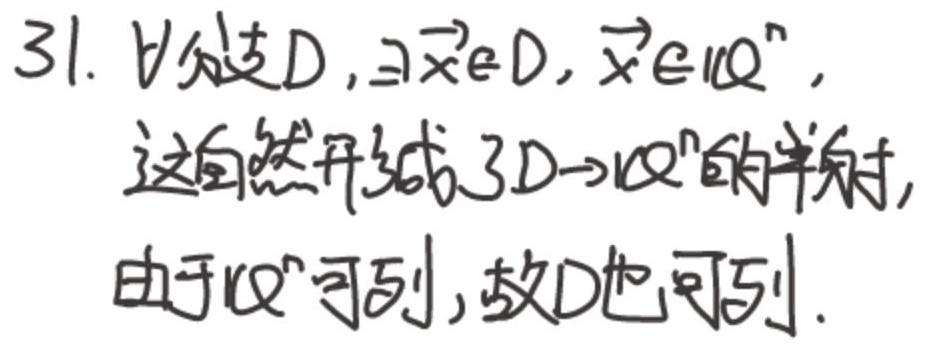
$\forall$ 分支 $D$，$\exists\vec{x}\in D$，$\vec{x}\in \mathbb{Q}^n$，这自然形成了 $D\rightarrow\mathbb{Q}^n$ 的单射。
由于 $\mathbb{Q}^n$ 可列，故 $D$ 也可列。